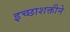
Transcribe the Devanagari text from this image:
इच्छाशक्तीने